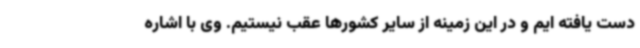
دست یافته ایم و در این زمینه از سایر کشورها عقب نیستیم. وی با اشاره